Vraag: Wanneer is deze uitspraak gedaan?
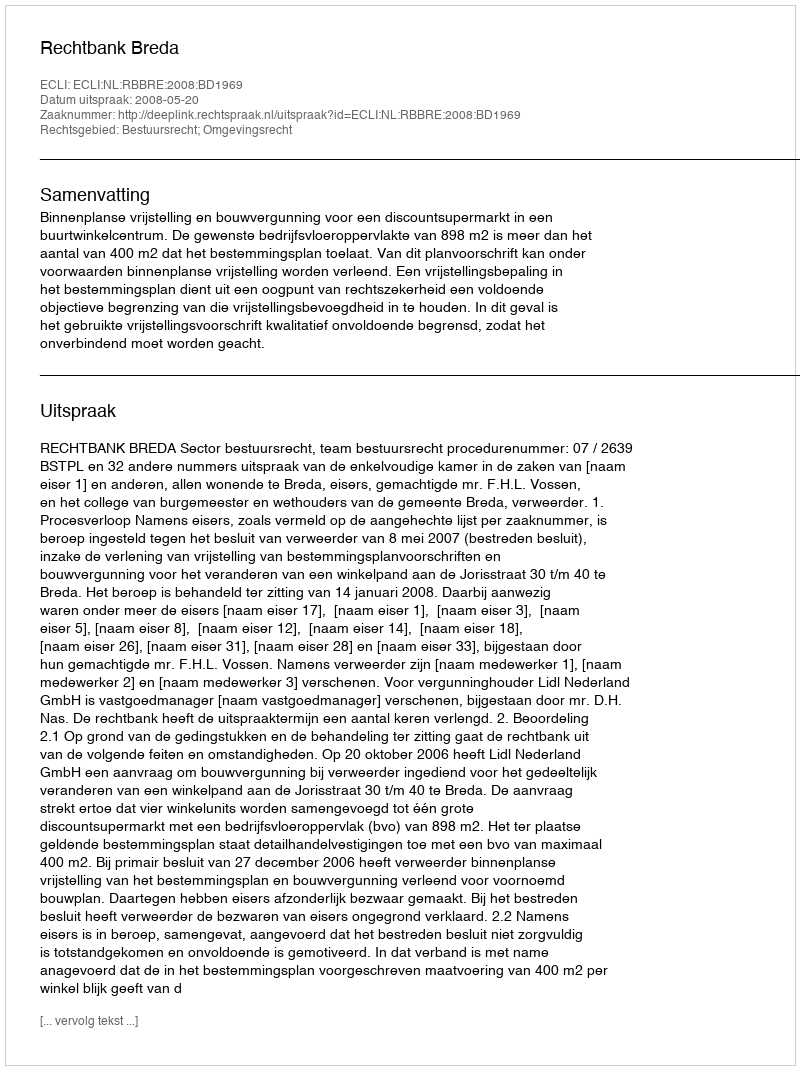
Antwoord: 2008-05-20